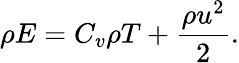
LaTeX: \rho E=C_{v}\rho T+\frac{\rho{u}^{2}}{2}.